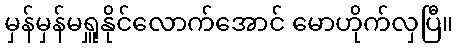
မှန်မှန်မရှူနိုင်လောက်အောင် မောဟိုက်လှပြီ။